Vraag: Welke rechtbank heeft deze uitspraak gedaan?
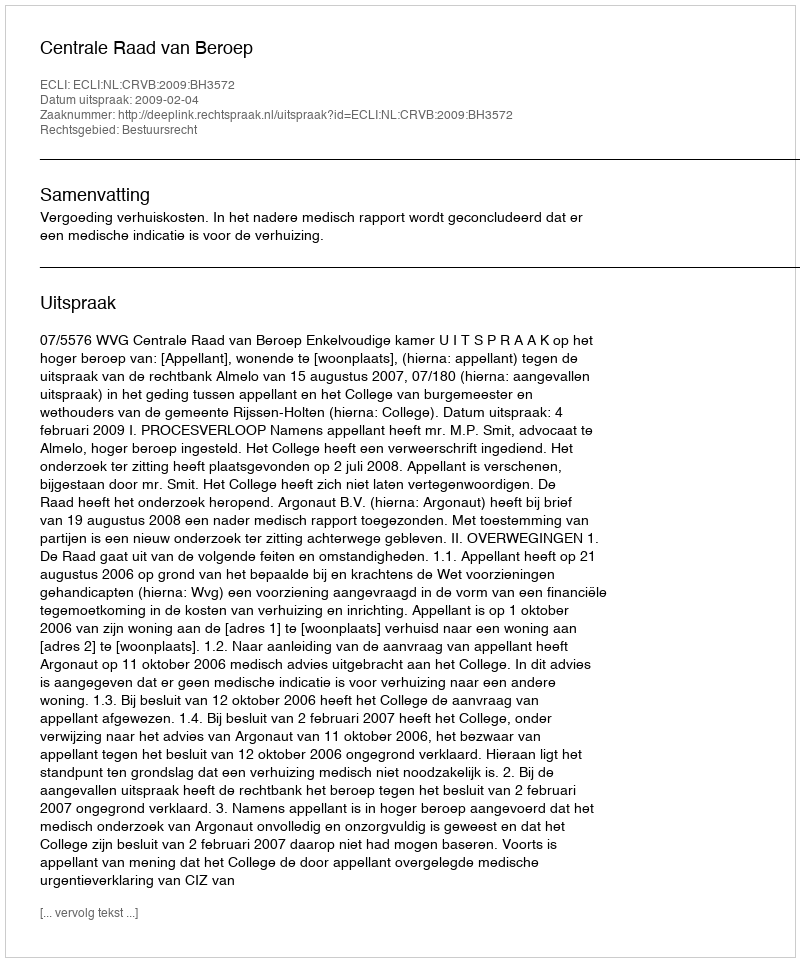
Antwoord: Centrale Raad van Beroep